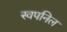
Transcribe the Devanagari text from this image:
स्वपनिल